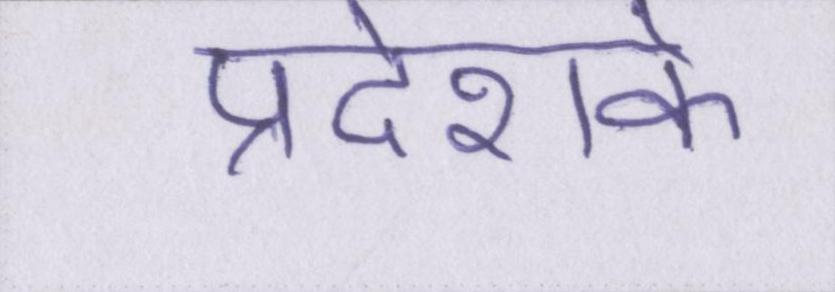
प्रदेशके